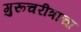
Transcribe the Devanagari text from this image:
गुरूचरीत्राचा